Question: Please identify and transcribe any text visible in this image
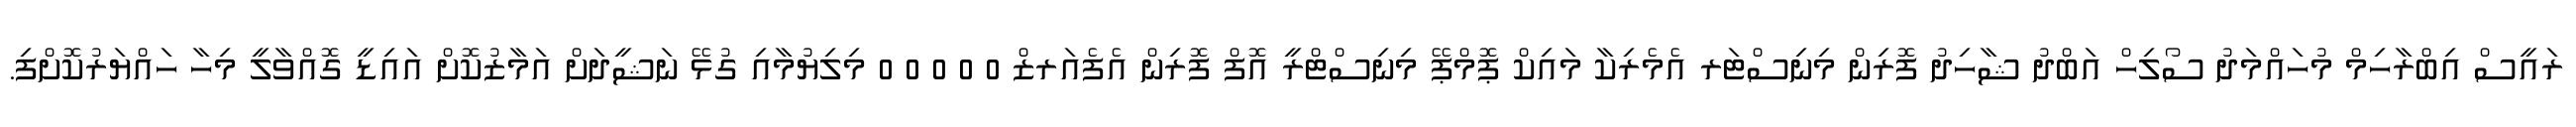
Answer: ރައީސް އިބްރާހިމް މުހައްމަދު ސޯލިހް އަބްދު ޝާހިދު ފޮރިން މިނިސްޓަރ އެމެރިކާ މައިކް ޕޮމްޕޭ މިނިސްޓްރީ އޮފް ފޮރިން އެފެއަރޒް 0 0 0 0 0 މިލިޔުމާއި ގުޅޭ ނަޝީދަށް އަމާޒުކޮށް އައިޑީ ގޮއްވާލީ މިހާ ހައްޔަރުކޮށްފި.